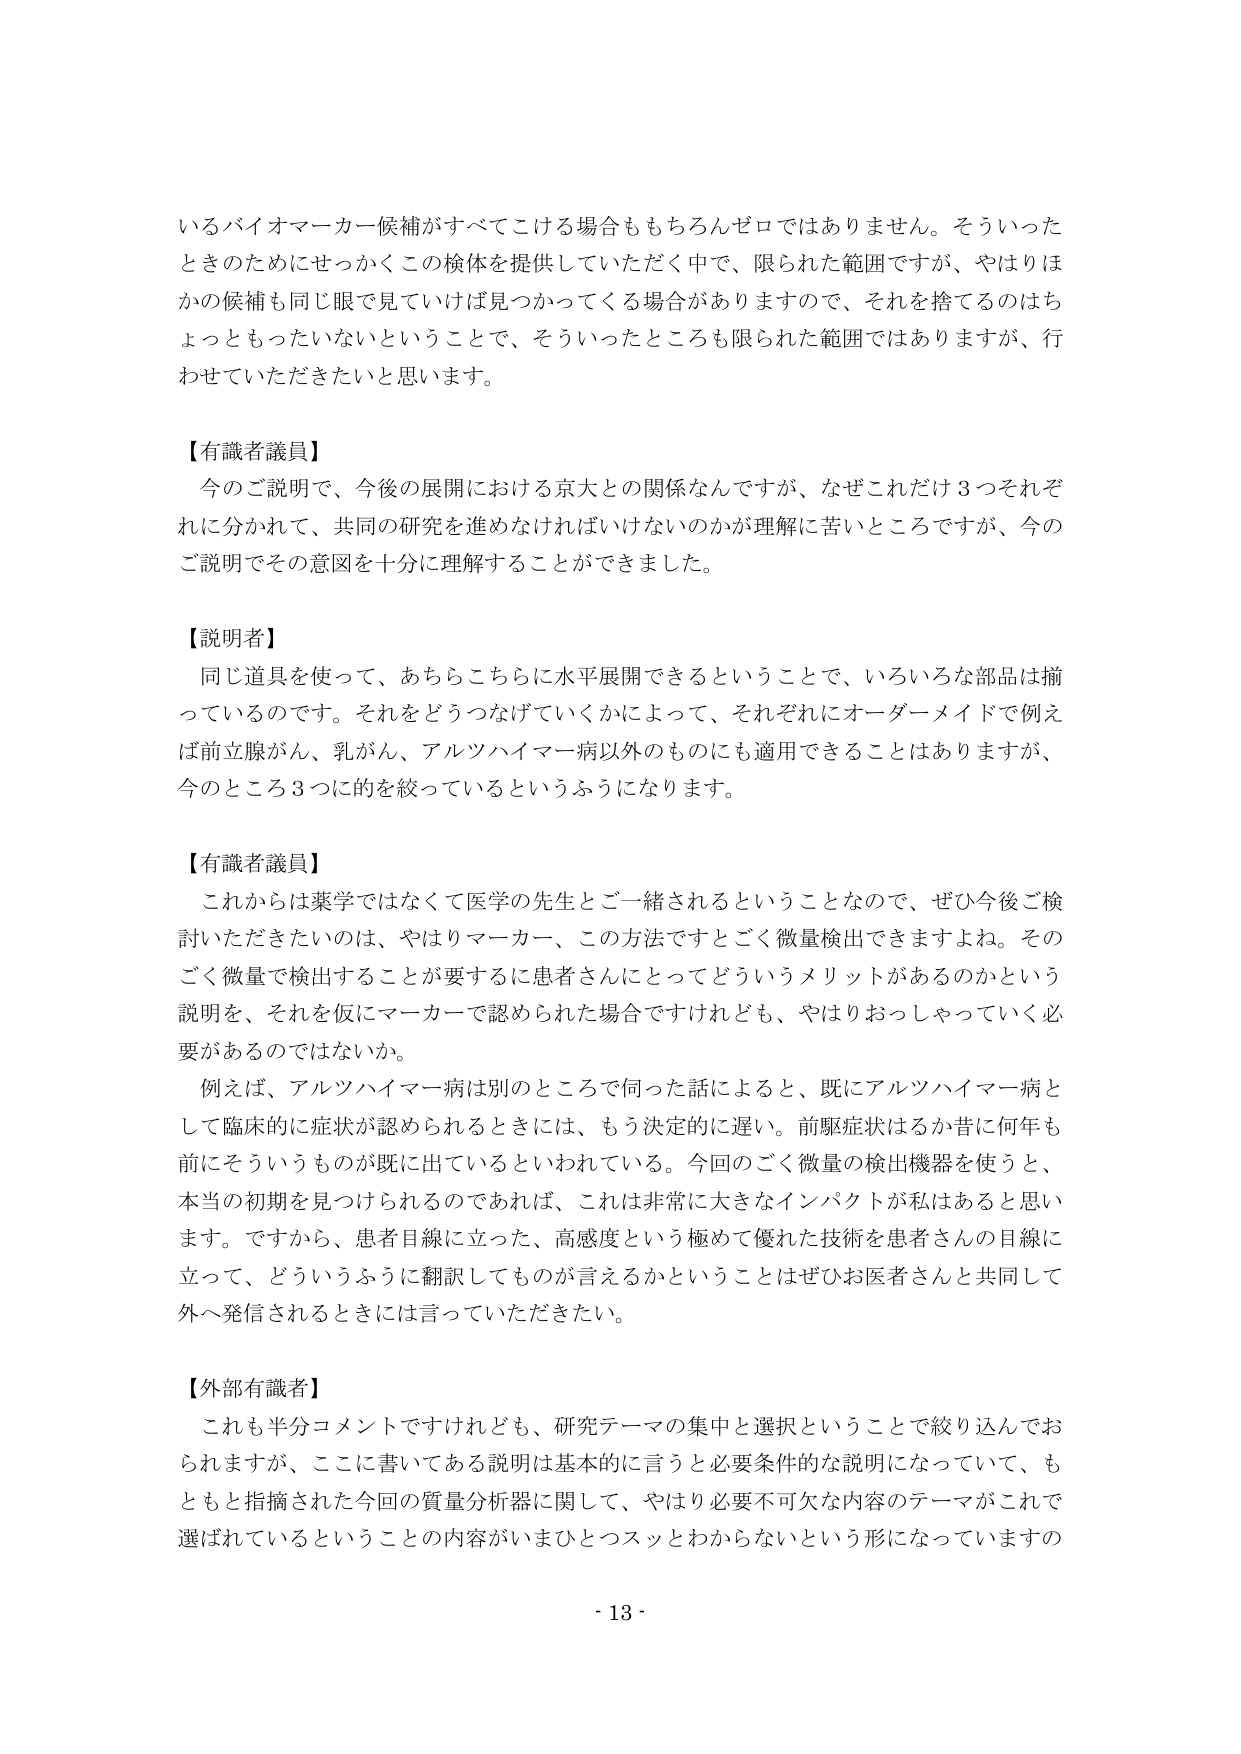
いるバイオマーカー候補がすべてこける場合ももちろんゼロではありません。そういったときのためにせっかくこの検体を提供していただく中で、限られた範囲ですが、やはりほかの候補も同じ眼で見ていけば見つかってくる場合がありますので、それを捨てるのはちょっともったいないということで、そういったところも限られた範囲ではありますが、行わせていただきたいと思います。

【有識者議員】
今のご説明で、今後の展開における京大との関係なんですが、なぜこれだけ3つそれぞれに分かれて、共同の研究を進めなければならないのかが理解に苦いところですが、今のご説明でその意図を十分に理解することができました。

【説明者】
同じ道具を使って、あちらこちらに水平展開できるということで、いろいろな部品は揃っているのです。それをどうつなげていくかによって、それぞれにオーダーメイドで例えば前立腺がん、乳がん、アルツハイマー病以外のものにも適用できることもありますが、今のところ3つに的を絞っているというふうになります。

【有識者議員】
これからは薬学ではなくて医学の先生とご一緒されるということなので、ぜひ今後ご検討いただきたいのは、やはりマーカー、この方法ですとごく微量検出できますよね。そのごく微量で検出することが要するに患者さんにとってどういうメリットがあるのかという説明を、それを仮にマーカーで認められた場合ですけれども、やはりおしゃっていいく必要があるのではないか。
例えば、アルツハイマー病は別のところで伺った話によると、既にアルツハイマー病として臨床的に症状が認められるときには、もう決定的に遅い。前駆症状はるか昔に何年も前にそういうものが既に出ているといわれている。今回のごく微量の検出機器を使うと、本当の初期を見つけられるのであれば、これは非常に大きなインパクトが私はあると思います。ですから、患者目線に立った、高感度という極めて優れた技術を患者さんの目線に立って、どういうふうに翻訳してものが言えるかということはぜひお医者さんと共同して外へ発信されるときには言っていただきたい。

【外部有識者】
これも半分コメントですけれども、研究テーマの集中と選択ということで絞り込んでおられますか、ここに書いてある説明は基本的に言うと必要条件的な説明になっていて、もともと指摘された今回の質量分析器に関して、やはり必要不可欠な内容のテーマがこれで選ばれているということの内容がいまひとつスッとわからないという形になっていますの

- 13 -